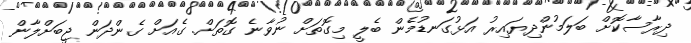
ދިރާސާކޮށް ބަލަމުންދިޔައިރު އަޅުގަނޑުމެން ބެލީ މިގޮތަށް ނުވާނެ ގޮތަށް. ގެއަށް ގެންދަން ޖީބަށްލާން